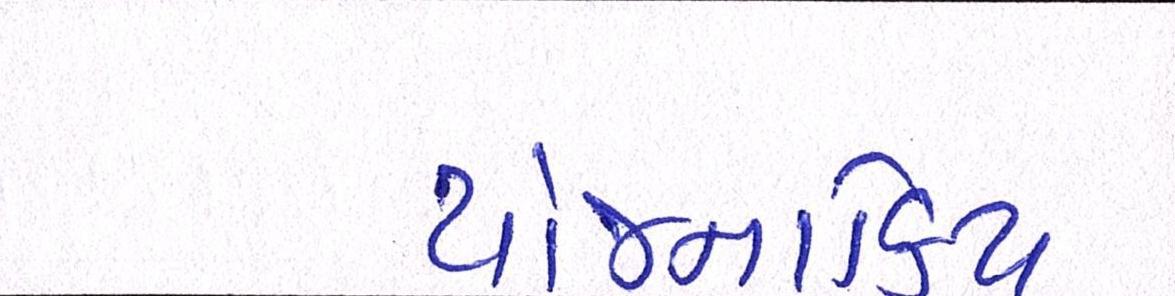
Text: યોજનાકિય